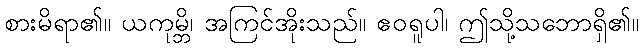
စားမိရာ၏။ ယကုမ္ဘိ၊ အကြင်အိုးသည်။ ဧဝရူပါ၊ ဤသို့သဘောရှိ၏။